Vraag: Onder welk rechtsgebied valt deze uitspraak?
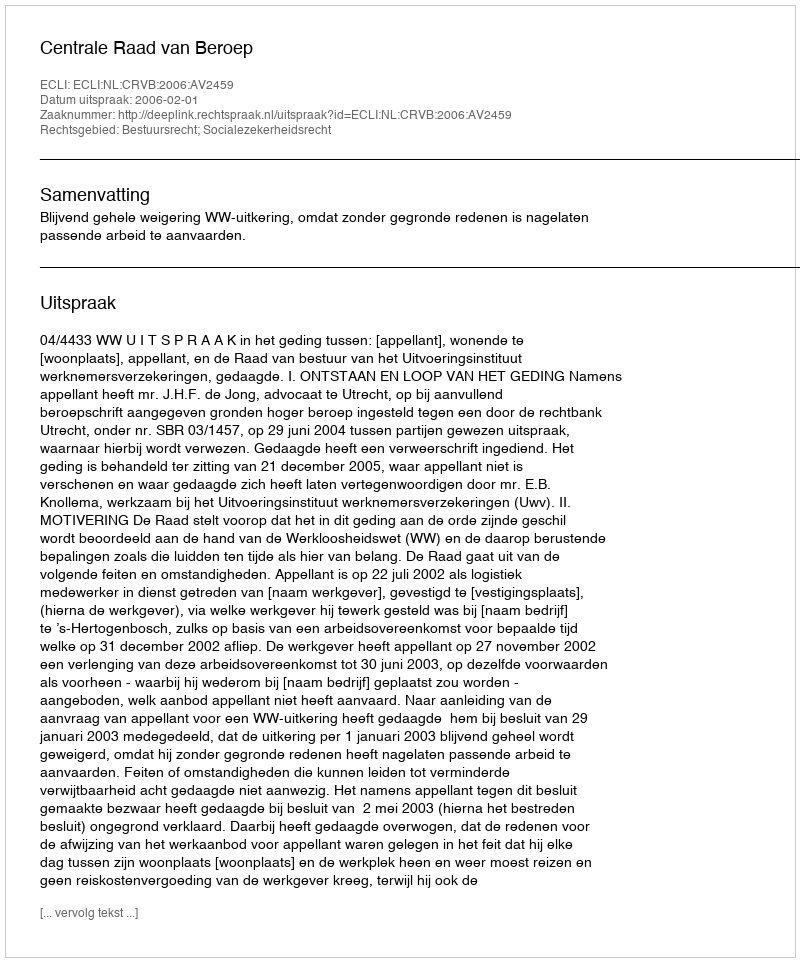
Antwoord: Bestuursrecht; Socialezekerheidsrecht